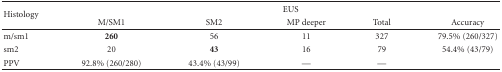
| <ROWSPAN=2> Histology | <COLSPAN=5> EUS |
 | M/SM1 | SM2 | MP deeper | Total | Accuracy |
 | --- | --- | --- | --- | --- | --- |
 | m/sm1 | 260 | 56 | 11 | 327 | 79.5% (260/327) |
 | sm2 | 20 | 43 | 16 | 79 | 54.4% (43/79) |
 | PPV | 92.8% (260/280) | 43.4% (43/99) | — | — |  |